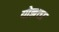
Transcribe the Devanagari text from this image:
योज्ञता